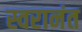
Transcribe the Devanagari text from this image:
स्वरानंत